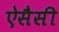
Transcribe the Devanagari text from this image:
ऐसैसी